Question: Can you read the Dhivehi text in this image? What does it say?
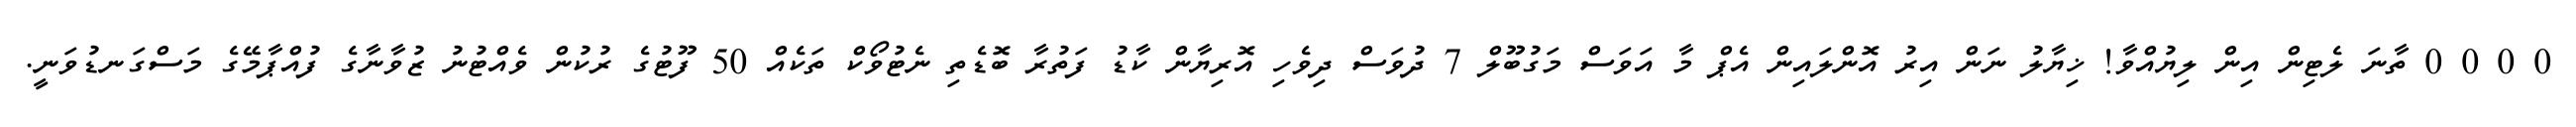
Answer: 0 0 0 0 ތާނަ ލެޓިން އިން ލިޔުއްވާ! ޚިޔާލު ނަން އިރު އޮންލައިން އެޕް މާ އަވަސް މަގުބޫލް 7 ދުވަސް ދިވެހި އޮރިޔާން ކާޑު ފަތުރާ ބޮޑެތި ނެޓުވޯކް ތަކެއް 50 ފޫޓުގެ ރުކުން ވެއްޓުނު ޒުވާނާގެ ފުއްޕާމޭގެ މަސްގަނޑުވަނީ.